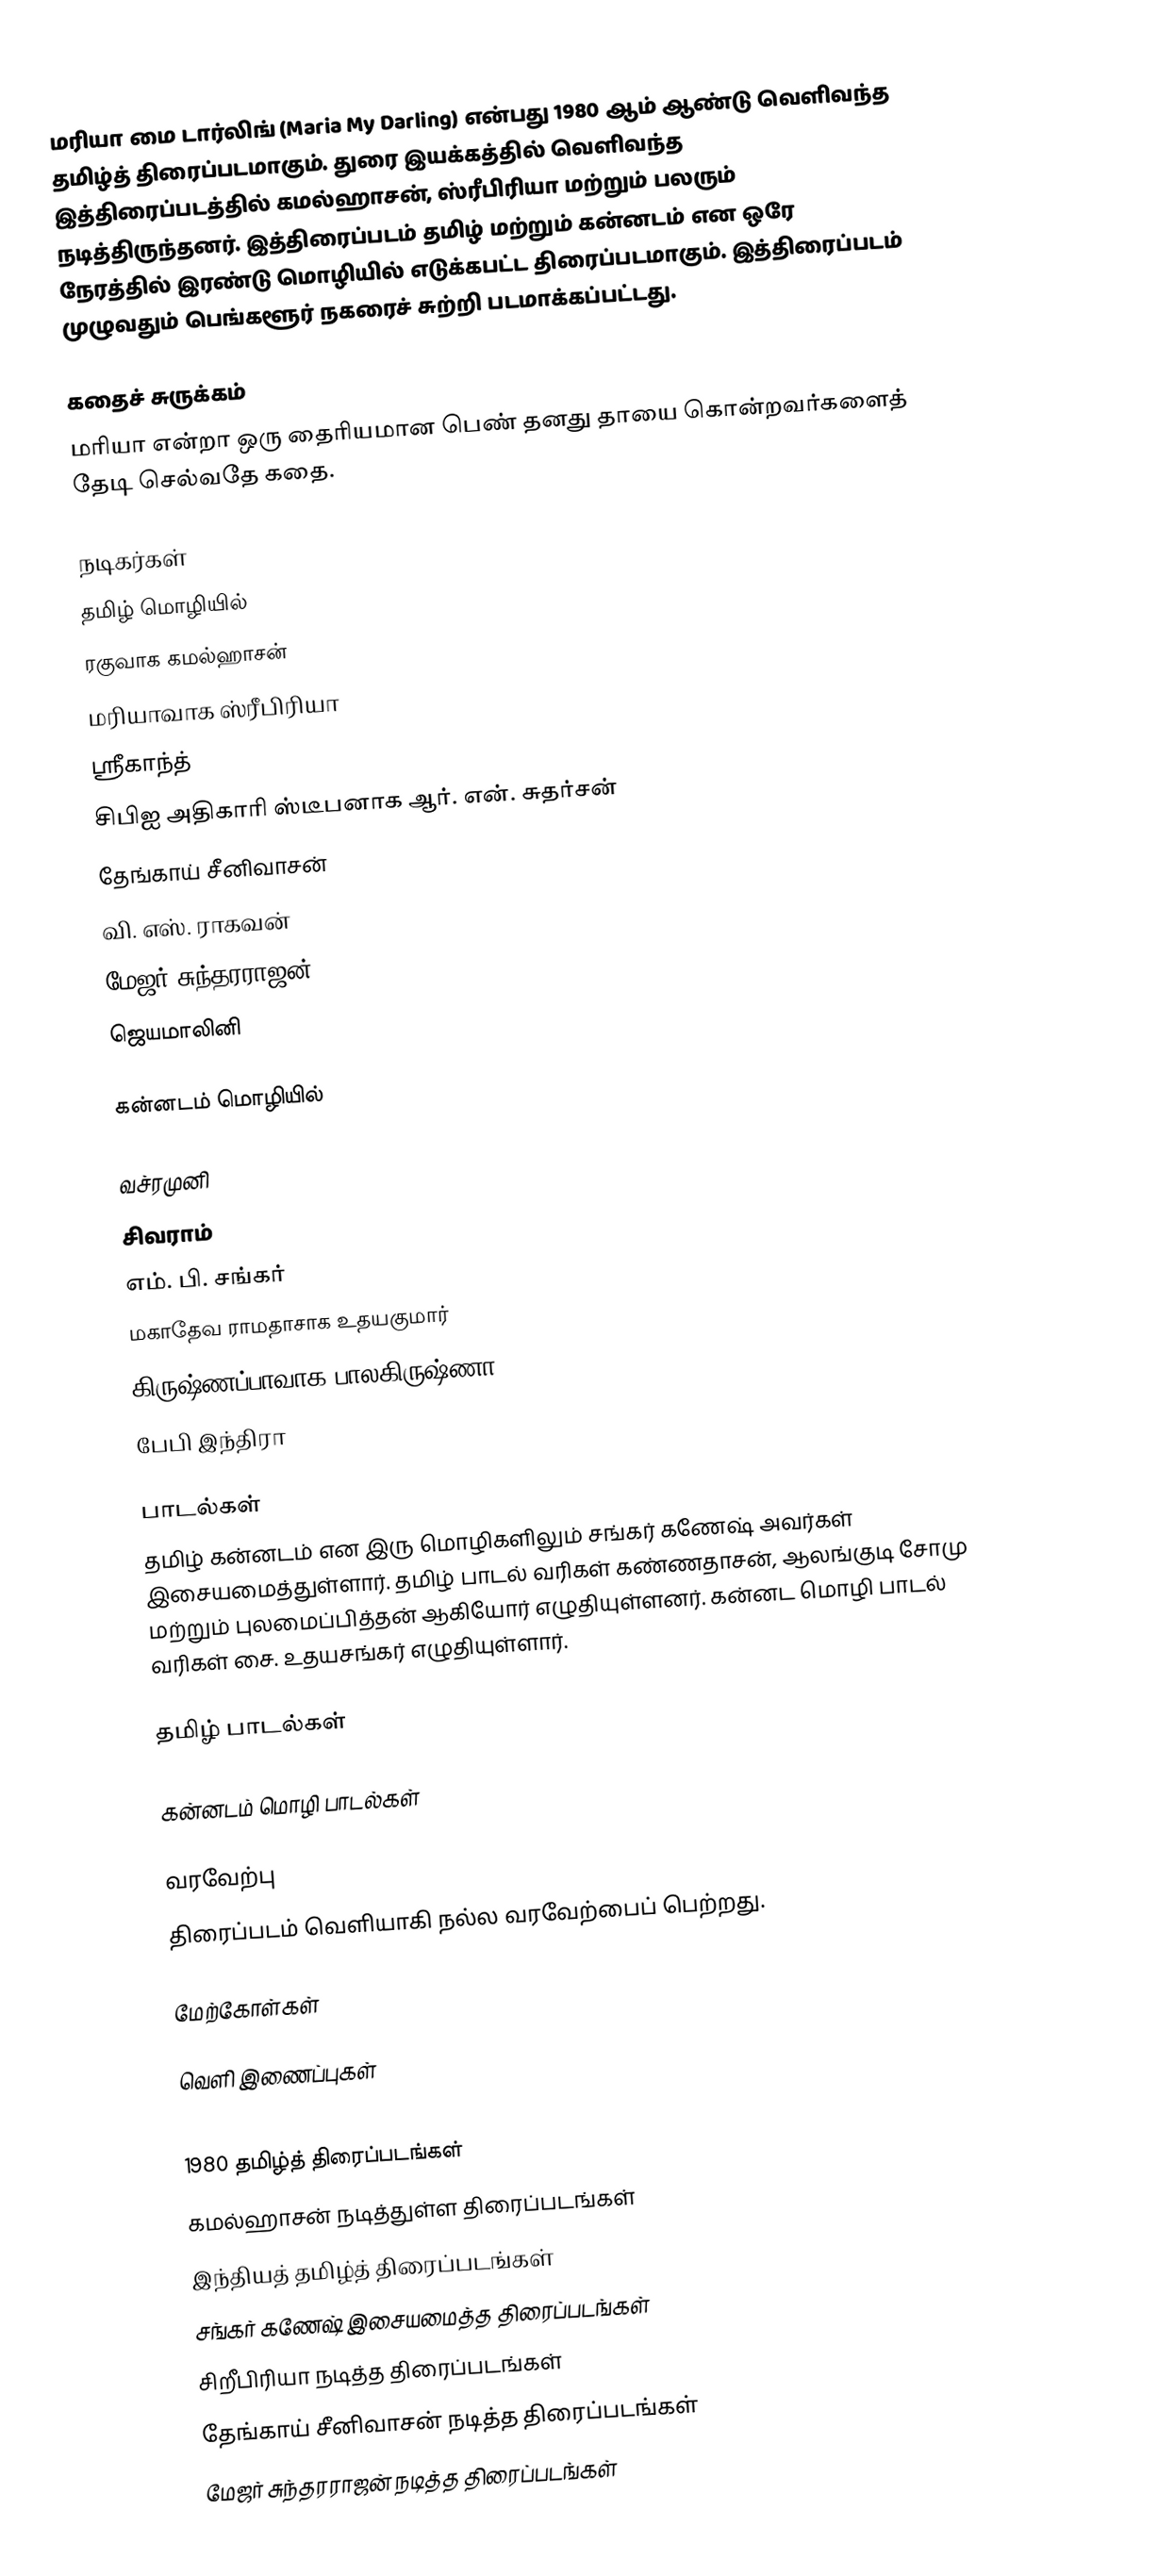
மரியா மை டார்லிங் (Maria My Darling) என்பது 1980 ஆம் ஆண்டு வெளிவந்த தமிழ்த் திரைப்படமாகும். துரை இயக்கத்தில் வெளிவந்த இத்திரைப்படத்தில் கமல்ஹாசன், ஸ்ரீபிரியா மற்றும் பலரும் நடித்திருந்தனர். இத்திரைப்படம் தமிழ் மற்றும் கன்னடம் என ஒரே நேரத்தில் இரண்டு மொழியில் எடுக்கபட்ட திரைப்படமாகும். இத்திரைப்படம் முழுவதும் பெங்களூர் நகரைச் சுற்றி படமாக்கப்பட்டது.

கதைச் சுருக்கம்
மரியா என்றா ஒரு தைரியமான பெண் தனது தாயை கொன்றவர்களைத் தேடி செல்வதே கதை.

நடிகர்கள்
 தமிழ் மொழியில்
 ரகுவாக கமல்ஹாசன்
 மரியாவாக ஸ்ரீபிரியா
 ஸ்ரீகாந்த்
 சிபிஐ அதிகாரி ஸ்டீபனாக ஆர். என். சுதர்சன்
 தேங்காய் சீனிவாசன்
 வி. எஸ். ராகவன்
 மேஜர் சுந்தரராஜன்
 ஜெயமாலினி

கன்னடம் மொழியில்

 வச்ரமுனி
 சிவராம்
 எம். பி. சங்கர்
 மகாதேவ ராமதாசாக உதயகுமார்
 கிருஷ்ணப்பாவாக பாலகிருஷ்ணா
 பேபி இந்திரா

பாடல்கள்
தமிழ் கன்னடம் என இரு மொழிகளிலும் சங்கர் கணேஷ் அவர்கள் இசையமைத்துள்ளார். தமிழ் பாடல் வரிகள்  கண்ணதாசன், ஆலங்குடி சோமு மற்றும் புலமைப்பித்தன் ஆகியோர் எழுதியுள்ளனர். கன்னட மொழி பாடல் வரிகள் சை. உதயசங்கர் எழுதியுள்ளார்.

தமிழ் பாடல்கள்

கன்னடம் மொழி பாடல்கள்

வரவேற்பு
திரைப்படம் வெளியாகி நல்ல வரவேற்பைப் பெற்றது.

மேற்கோள்கள்

வெளி இணைப்புகள்

1980 தமிழ்த் திரைப்படங்கள்
கமல்ஹாசன் நடித்துள்ள திரைப்படங்கள்
இந்தியத் தமிழ்த் திரைப்படங்கள்
சங்கர் கணேஷ் இசையமைத்த திரைப்படங்கள்
சிறீபிரியா நடித்த திரைப்படங்கள்
தேங்காய் சீனிவாசன் நடித்த திரைப்படங்கள்
மேஜர் சுந்தரராஜன் நடித்த திரைப்படங்கள்